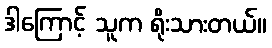
ဒါကြောင့် သူက ရိုးသားတယ်။